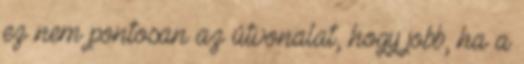
ez nem pontosan az útvonalat, hogy jobb, ha a